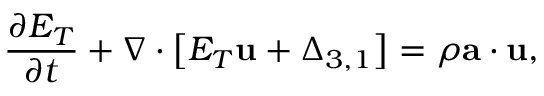
\frac { { \partial { E _ { T } } } } { { \partial t } } + \nabla \cdot \left[ { { E _ { T } } { \bf { u } } + { { \boldsymbol { \Delta } } _ { 3 , 1 } } } \right] = \rho \bf { a } \cdot \bf { u } ,